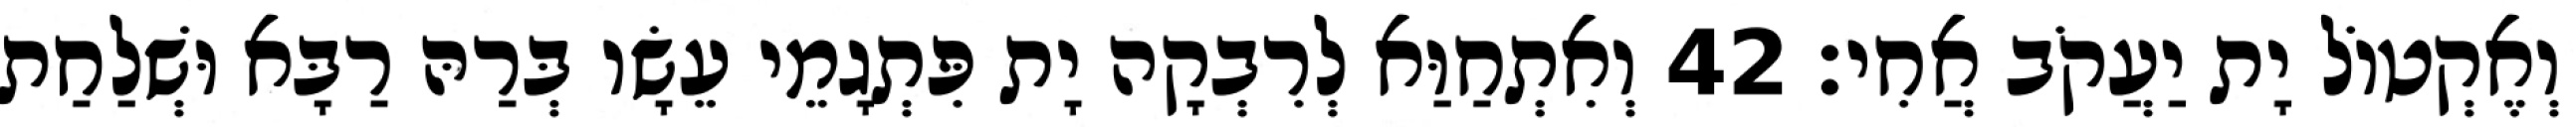
וְאֶקְטוֹל יָת יַעֲקֹב אֲחִי׃ 42 וְאִתְחַוַּא לְרִבְקָה יָת פִּתְגָמֵי עֵשָׂו בְּרַהּ רַבָּא וּשְׁלַחַת